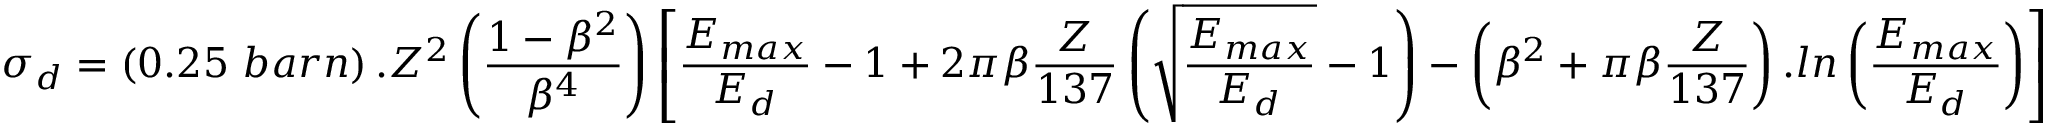
\sigma _ { d } = \left( 0 . 2 5 ~ b a r n \right) . Z ^ { 2 } \left( \frac { 1 - \beta ^ { 2 } } { \beta ^ { 4 } } \right) \left[ \frac { E _ { m a x } } { E _ { d } } - 1 + 2 \pi \beta \frac { Z } { 1 3 7 } \left( \sqrt { \frac { E _ { m a x } } { E _ { d } } } - 1 \right) - \left( \beta ^ { 2 } + \pi \beta \frac { Z } { 1 3 7 } \right) . l n \left( \frac { E _ { m a x } } { E _ { d } } \right) \right]